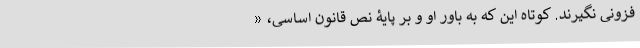
فزونی نگیرند. کوتاه این که به باور او و بر پایۀ نص قانون اساسی، «